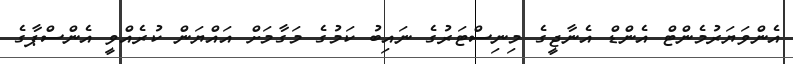
އެންވަޔަރުމެންޓް އެންޑް އެނާޖީގެ މިނިސްޓަރުގެ ނައިބު ކަމުގެ މަގާމަށް އައްޔަން ކުރެއްވީ އެންސްޕާގެ